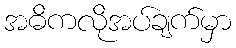
အဓိကလိုအပ်ချက်မှာ